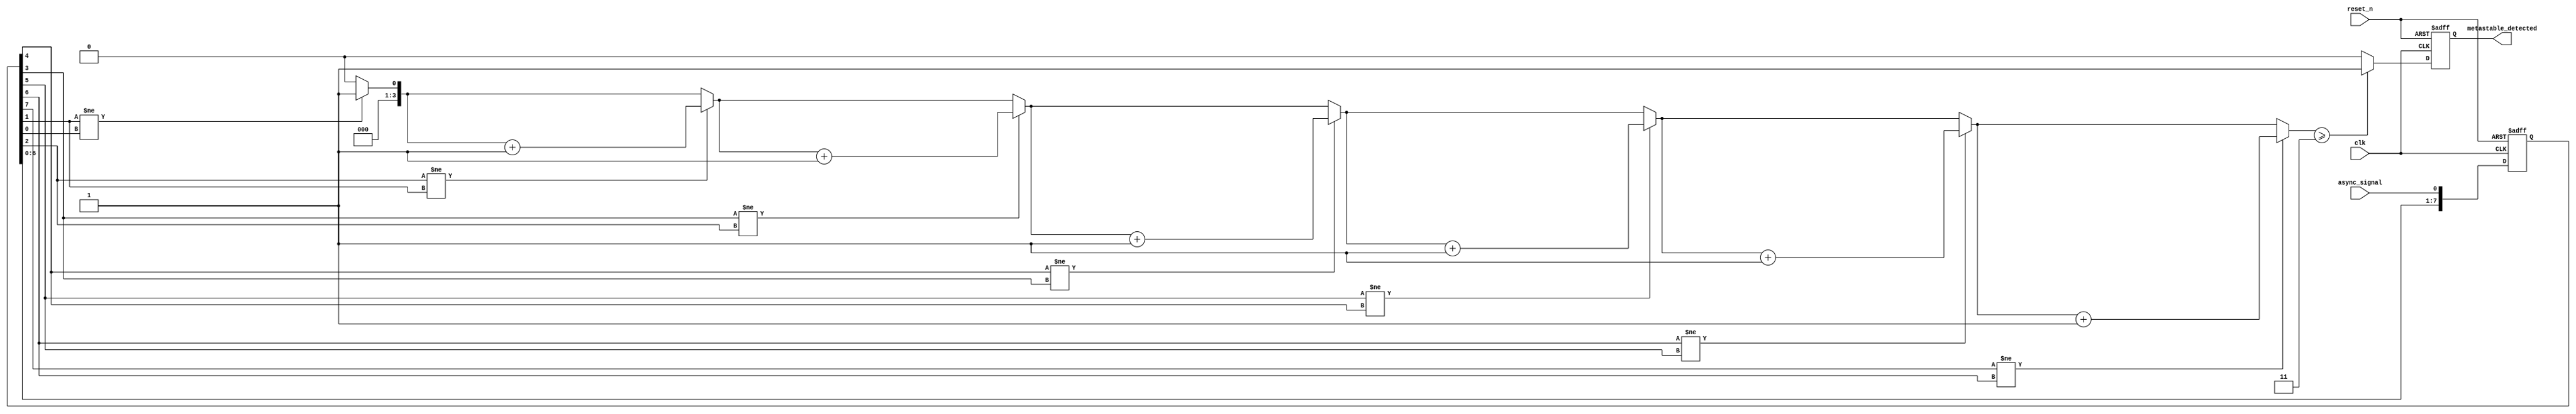
module metastability_detector (
    input wire clk,               // System clock
    input wire reset_n,           // Active low reset
    input wire async_signal,      // Asynchronous input signal
    output reg metastable_detected // Metastability detection output
);

// Parameters
parameter SAMPLE_SIZE = 8; // Number of samples to store
parameter TRANSITION_THRESHOLD = 3; // Number of transitions to trigger detection

// Memory to store sampled values
reg [SAMPLE_SIZE-1:0] samples;

// Internal signals
reg [SAMPLE_SIZE-1:0] previous_samples;
reg [3:0] transition_count; // Count transitions in samples
integer i;

// Sampling mechanism
always @(posedge clk or negedge reset_n) begin
    if (!reset_n) begin
        // Reset the samples and outputs
        samples <= 0;
        metastable_detected <= 0;
        transition_count <= 0;
    end else begin
        // Shift current samples
        previous_samples <= samples;
        samples <= {samples[SAMPLE_SIZE-2:0], async_signal};

        // Check for transitions
        transition_count = 0;
        for (i = 1; i < SAMPLE_SIZE; i = i + 1) begin
            if (samples[i] != samples[i-1]) begin
                transition_count = transition_count + 1;
            end
        end

        // Metastability detection logic
        if (transition_count >= TRANSITION_THRESHOLD) begin
            metastable_detected <= 1; // Indication of metastable state
        end else begin
            metastable_detected <= 0; // Clear detection
        end
    end
end

endmodule